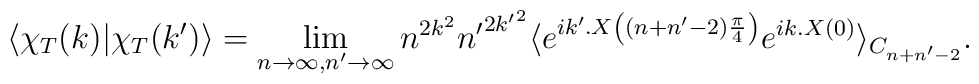
\langle\chi_T(k)|\chi_T(k')\rangle=\lim_{n\to\infty, n'\to\infty} n^{2k^2}{n'}^{2{k'}^2}\langle e^{ik'.X\left((n+n'-2)\frac{\pi}{4}\right)} e^{ik.X(0)}\rangle_{C_{n+n'-2}} .